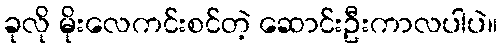
ခုလို မိုးလေကင်းစင်တဲ့ ဆောင်းဦးကာလပါပဲ။